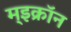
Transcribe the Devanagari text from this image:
म्इक्रॉन